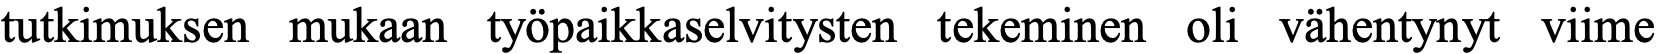
tutkimuksen mukaan työpaikkaselvitysten tekeminen oli vähentynyt viime